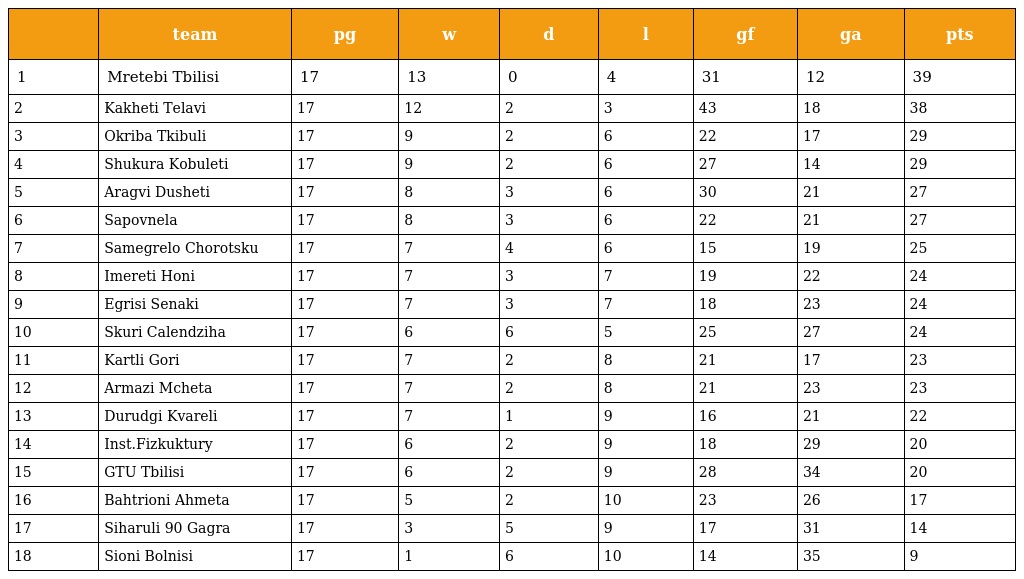
|  | team | pg | w | d | l | gf | ga | pts |
 | --- | --- | --- | --- | --- | --- | --- | --- | --- |
 | 1 | Mretebi Tbilisi | 17 | 13 | 0 | 4 | 31 | 12 | 39 |
 | 2 | Kakheti Telavi | 17 | 12 | 2 | 3 | 43 | 18 | 38 |
 | 3 | Okriba Tkibuli | 17 | 9 | 2 | 6 | 22 | 17 | 29 |
 | 4 | Shukura Kobuleti | 17 | 9 | 2 | 6 | 27 | 14 | 29 |
 | 5 | Aragvi Dusheti | 17 | 8 | 3 | 6 | 30 | 21 | 27 |
 | 6 | Sapovnela | 17 | 8 | 3 | 6 | 22 | 21 | 27 |
 | 7 | Samegrelo Chorotsku | 17 | 7 | 4 | 6 | 15 | 19 | 25 |
 | 8 | Imereti Honi | 17 | 7 | 3 | 7 | 19 | 22 | 24 |
 | 9 | Egrisi Senaki | 17 | 7 | 3 | 7 | 18 | 23 | 24 |
 | 10 | Skuri Calendziha | 17 | 6 | 6 | 5 | 25 | 27 | 24 |
 | 11 | Kartli Gori | 17 | 7 | 2 | 8 | 21 | 17 | 23 |
 | 12 | Armazi Mcheta | 17 | 7 | 2 | 8 | 21 | 23 | 23 |
 | 13 | Durudgi Kvareli | 17 | 7 | 1 | 9 | 16 | 21 | 22 |
 | 14 | Inst.Fizkuktury | 17 | 6 | 2 | 9 | 18 | 29 | 20 |
 | 15 | GTU Tbilisi | 17 | 6 | 2 | 9 | 28 | 34 | 20 |
 | 16 | Bahtrioni Ahmeta | 17 | 5 | 2 | 10 | 23 | 26 | 17 |
 | 17 | Siharuli 90 Gagra | 17 | 3 | 5 | 9 | 17 | 31 | 14 |
 | 18 | Sioni Bolnisi | 17 | 1 | 6 | 10 | 14 | 35 | 9 |